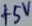
Text: +5V